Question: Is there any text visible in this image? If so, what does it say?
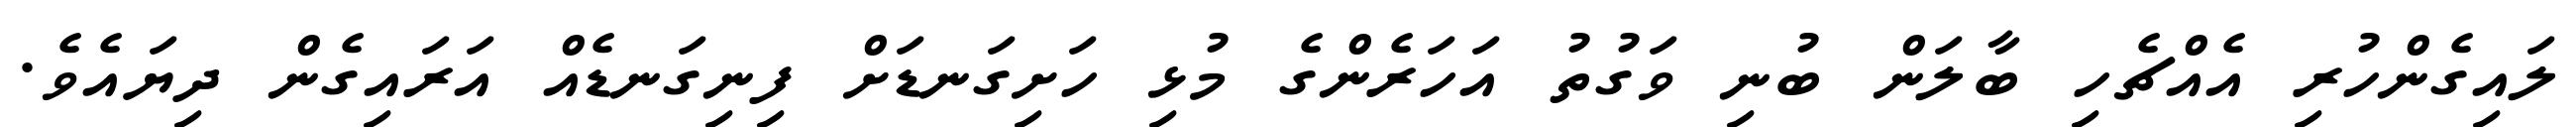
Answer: ލައިގެންހުރި އެއްޗެހި ބާލަން ބުނި ވަގުތު އަހަރެންގެ މުޅި ހަށިގަނޑަށް ފިނިގަނޑެއް އަރައިގެން ދިޔައެވެ.